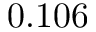
0 . 1 0 6